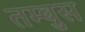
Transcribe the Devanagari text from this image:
तम्बुस